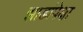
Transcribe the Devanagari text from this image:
झाडांपेक्षा